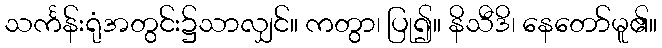
သင်္ကန်းရုံအတွင်း၌သာလျှင်။ ကတွာ၊ ပြု၍။ နိသီဒိ၊ နေတော်မူ၏။